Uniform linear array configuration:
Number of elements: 64
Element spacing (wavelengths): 0.25
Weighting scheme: cosine
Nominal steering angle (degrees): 15
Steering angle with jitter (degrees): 13.182
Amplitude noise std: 0.05
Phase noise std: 0.05

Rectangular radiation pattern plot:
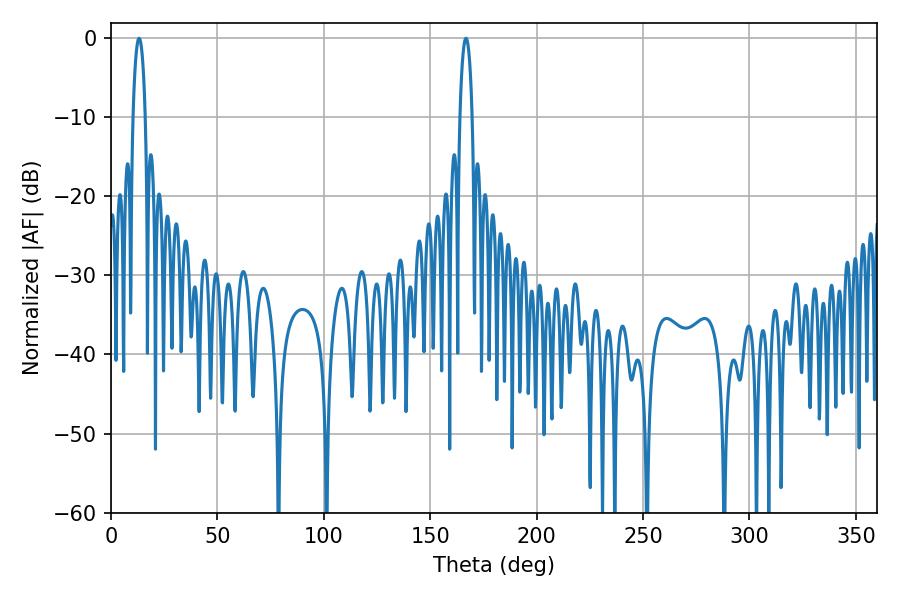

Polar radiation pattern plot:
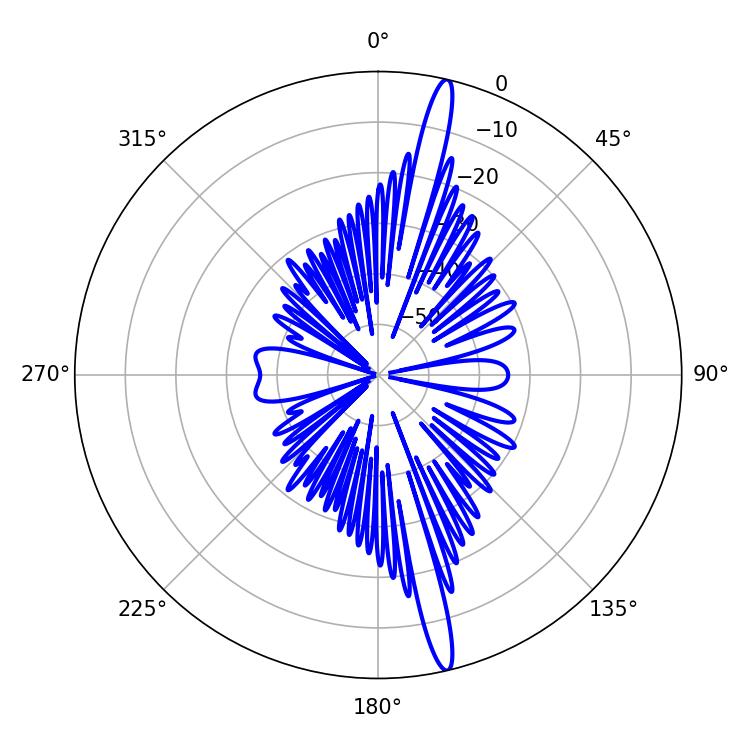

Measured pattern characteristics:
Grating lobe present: FALSE
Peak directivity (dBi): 18.275
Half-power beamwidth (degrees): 3.24
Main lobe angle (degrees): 13.14